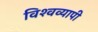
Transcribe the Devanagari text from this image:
विश्‍वव्‍यापी